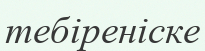
тебіреніске